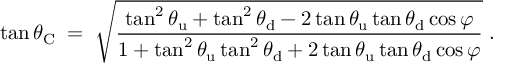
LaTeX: \tan \theta _ { \mathrm { C } } \; = \; \sqrt { \frac { \tan ^ { 2 } \theta _ { \mathrm { u } } + \tan ^ { 2 } \theta _ { \mathrm { d } } - 2 \tan \theta _ { \mathrm { u } } \tan \theta _ { \mathrm { d } } \cos \varphi } { 1 + \tan ^ { 2 } \theta _ { \mathrm { u } } \tan ^ { 2 } \theta _ { \mathrm { d } } + 2 \tan \theta _ { \mathrm { u } } \tan \theta _ { \mathrm { d } } \cos \varphi } } \; .